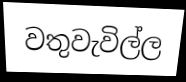
වතුවැවිල්ල